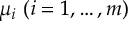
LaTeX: \mu _ { i } \ ( i = 1 , \ldots , m )